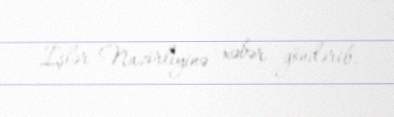
İşlər Nazirliyinə xəbər göndərib.